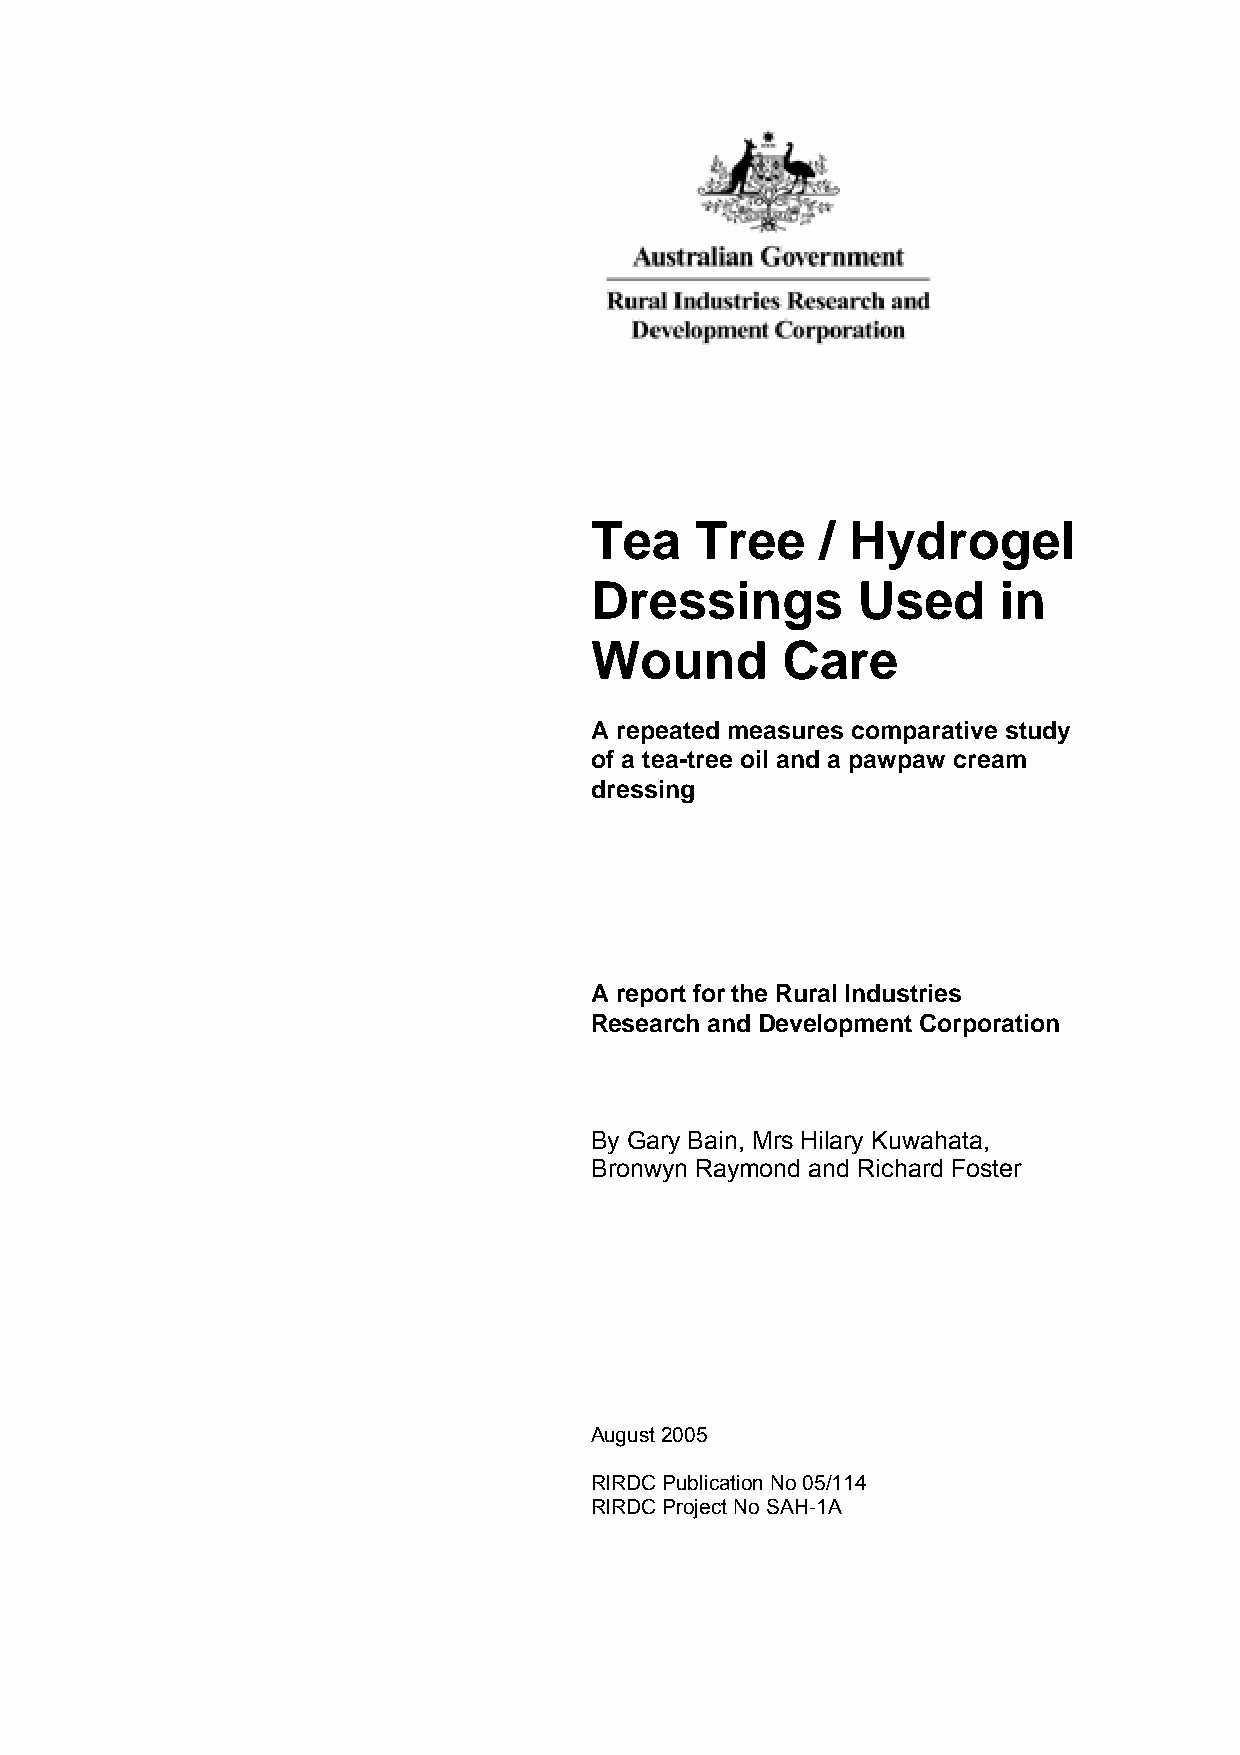
Tea    Tree    / Hydrogel
 Dressings         Used     in
 Wound        Care
 A repeated measures comparative study
 of a tea-tree oil and a pawpaw cream
 dressing
 A report for the Rural Industries
 Research and Development Corporation
 By Gary Bain, Mrs Hilary Kuwahata,
 Bronwyn Raymond and Richard Foster
 August 2005
 RIRDC Publication No 05/114
 RIRDC Project No SAH-1A